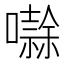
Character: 𭋱